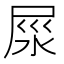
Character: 𡱴